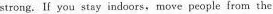
strong. If you stay indoors, move people from the